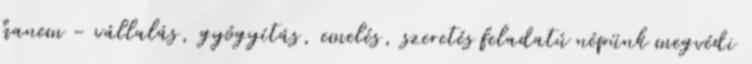
hanem - vállalás, gyógyítás, emelés, szeretés feladatú népünk megvédi